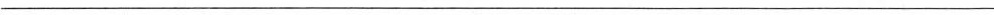
___